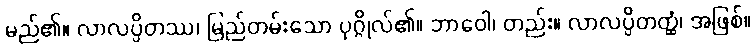
မည်၏။ လာလပ္ပိတဿ၊ မြည်တမ်းသော ပုဂ္ဂိုလ်၏။ ဘာဝေါ၊ တည်း။ လာလပ္ပိတတ္ထံ၊ အဖြစ်။